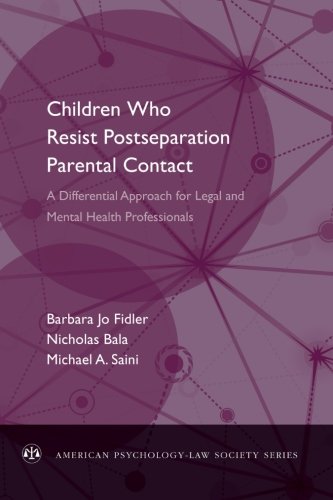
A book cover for Children Who Resist Postseparation Parental Contact: A Differential Approach for Legal and Mental Health Professionals (American Psychology-Law Society Series); Barbara Jo Fidler; Health, Fitness & Dieting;